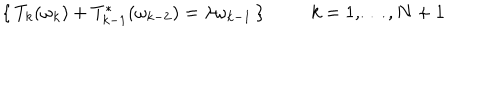
\lbrace \, T _ { k } ( \omega _ { k } ) + T _ { k - 1 } ^ { * } ( \omega _ { k - 2 } ) = \lambda \omega _ { k - 1 } \, \rbrace k = 1 , \dots , N + 1